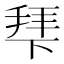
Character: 𭡍